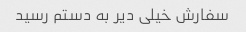
سفارش خیلی دیر به دستم رسید